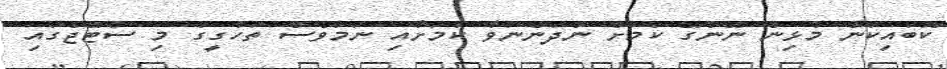
ކޮބައިކަން މުޅިން ނޭންގޭ ކަމަށް ނުދަންނަވާ ކަމަށާއި ނަމަވެސް ތަހުގީގު މި ސްޓޭޖުގައި